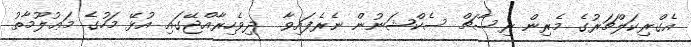
އެގްރިކަލްޗަރުގެ މެރިން ރިސާޗް ސެކްޝަނުން ނެރެފައިވާ  ދިވެހިރާއްޖޭގައި އުޅޭ މަހުގެ މަޢުލޫމާތު